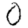
Digit: 0